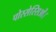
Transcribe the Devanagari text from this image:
पोस्सेस्सिओं।